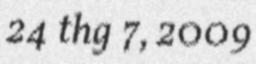
24 thg 7, 2009